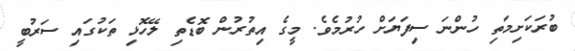
ބުރަކަށިމަތި ހުންނަ ސިފަޔަށް ހުރުމެވެ. މީގެ އިތުރުން ބޮޑެތި ލޭހޮޅި ތަކުގައި ސަރުބީ